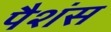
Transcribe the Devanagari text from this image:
पैशंस